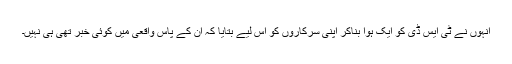
انہوں نے ٹی ایس ڈی کو ایک ہوّا بناکر اپنی سرکاروں کو اس لیے بتایا کہ ان کے پاس واقعی میں کوئی خبر تھی ہی نہیں۔